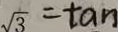
\sqrt { 3 } = \tan